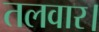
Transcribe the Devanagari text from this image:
तलवार।